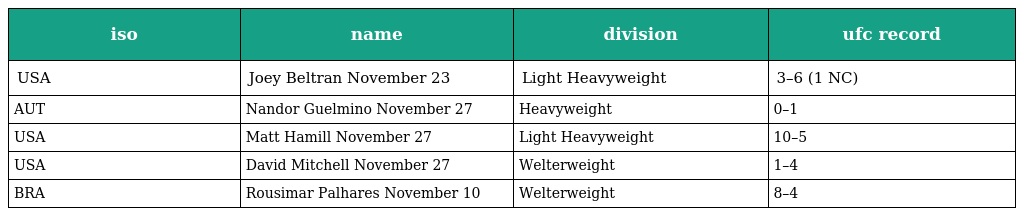
| iso | name | division | ufc record |
 | --- | --- | --- | --- |
 | USA | Joey Beltran November 23 | Light Heavyweight | 3–6 (1 NC) |
 | AUT | Nandor Guelmino November 27 | Heavyweight | 0–1 |
 | USA | Matt Hamill November 27 | Light Heavyweight | 10–5 |
 | USA | David Mitchell November 27 | Welterweight | 1–4 |
 | BRA | Rousimar Palhares November 10 | Welterweight | 8–4 |